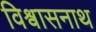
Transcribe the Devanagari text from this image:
विश्वासनाथ